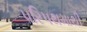
પરિપથમાથી